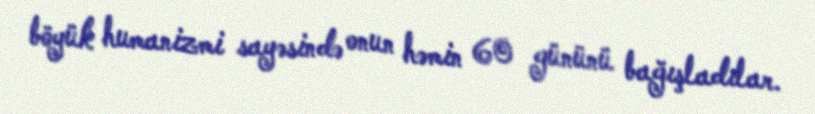
böyük humanizmi sayəsində onun həmin 60 gününü bağışladılar.